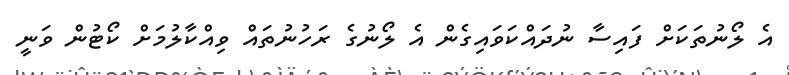
އެ ލޯނުތަކަށް ފައިސާ ނުދައްކަވައިގެން އެ ލޯނުގެ ރަހުނުތައް ވިއްކާލުމަށް ކޯޓުން ވަނީ